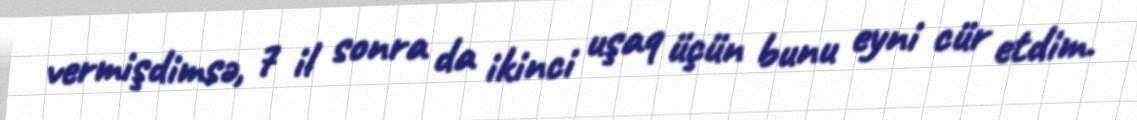
vermişdimsə, 7 il sonra da ikinci uşaq üçün bunu eyni cür etdim.